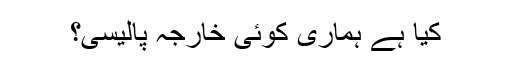
کیا ہے ہماری کوئی خارجہ پالیسی؟